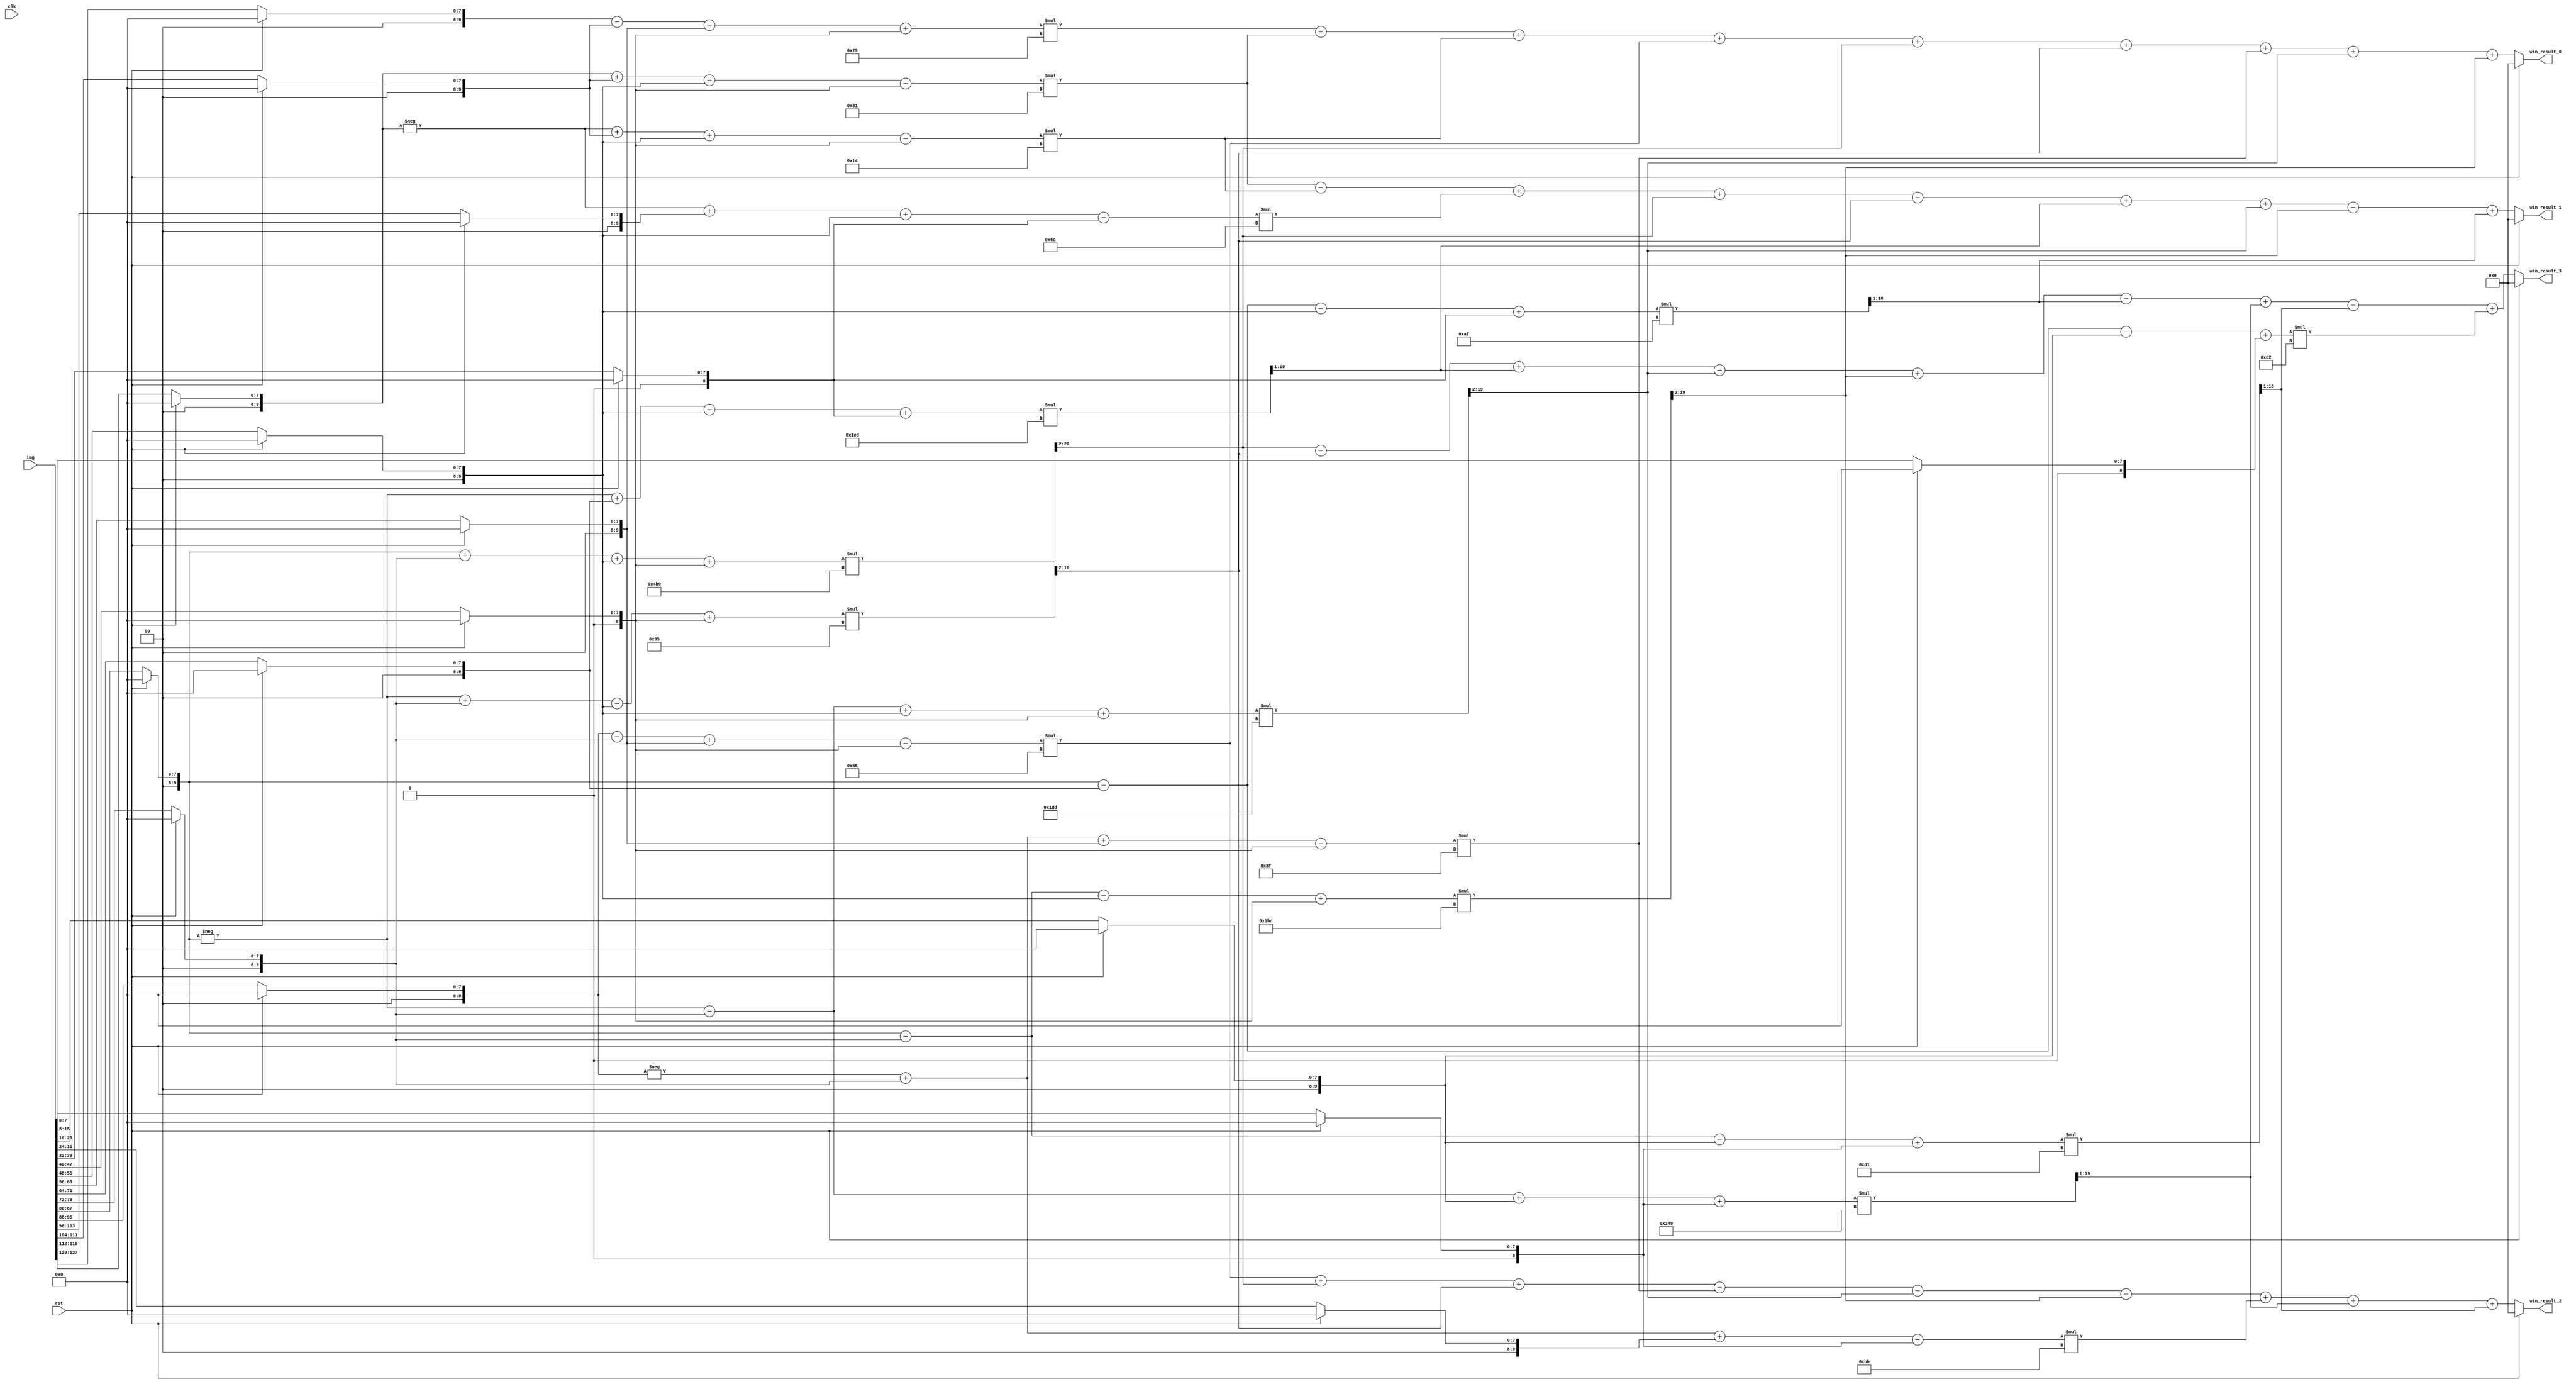
module win_top#(
    parameter   DATA_WIDTH  =   19
  )(
    input   [4*4*8-1:0] img,
    input   rst,
    input   clk,
    output  reg signed[DATA_WIDTH-1:0]      win_result_0,
    output  reg signed[DATA_WIDTH-1:0]      win_result_1,
    output  reg signed[DATA_WIDTH-1:0]      win_result_2,
    output  reg signed[DATA_WIDTH-1:0]      win_result_3
  );
  reg signed[9:0]   img_ff  [0:4*4-1];
  integer i;
  // always@(posedge clk)
  always@(*)
  begin
    if(rst)
    begin
      for(i=0;i<16;i=i+1)
      begin
        img_ff[i] =0;
      end
    end
    else
    begin
      for(i=0;i<16;i=i+1)
      begin
        img_ff[15-i] = img[i*8+:8];
      end
    end
  end //end always
  reg signed [DATA_WIDTH-1:0]   input_transform  [0:4*4-1];
  reg signed [DATA_WIDTH-1:0]   MUL  [0:4*4-1];
  reg signed [DATA_WIDTH-1:0]   output_transform  [0:3];
  always@(*)
  begin
    input_transform[0] = $signed(img_ff[0]-img_ff[2]-img_ff[8]+img_ff[10]);
    input_transform[1] = $signed(img_ff[1]+img_ff[2]-img_ff[9]-img_ff[10]);
    input_transform[2] = $signed(-img_ff[1]+img_ff[2]+img_ff[9]-img_ff[10]);
    input_transform[3] = $signed(-img_ff[1]+img_ff[3]+img_ff[9]-img_ff[11]);
    input_transform[4] = $signed(img_ff[4]-img_ff[6]+img_ff[8]-img_ff[10]);
    input_transform[5] = $signed(img_ff[5]+img_ff[6]+img_ff[9]+img_ff[10]);
    input_transform[6] = $signed(-img_ff[5]+img_ff[6]-img_ff[9]+img_ff[10]);
    input_transform[7] = $signed(-img_ff[5]+img_ff[7]-img_ff[9]+img_ff[11]);
    input_transform[8] = $signed(-img_ff[4]+img_ff[6]+img_ff[8]-img_ff[10]);
    input_transform[9] = $signed(-img_ff[5]-img_ff[6]+img_ff[9]+img_ff[10]);
    input_transform[10] = $signed(img_ff[5]-img_ff[6]-img_ff[9]+img_ff[10]);
    input_transform[11] = $signed(img_ff[5]-img_ff[7]-img_ff[9]+img_ff[11]);
    input_transform[12] = $signed(-img_ff[4]+img_ff[6]+img_ff[12]-img_ff[14]);
    input_transform[13] = $signed(-img_ff[5]-img_ff[6]+img_ff[13]+img_ff[14]);
    input_transform[14] = $signed(img_ff[5]-img_ff[6]-img_ff[13]+img_ff[14]);
    input_transform[15] = $signed(img_ff[5]-img_ff[7]-img_ff[13]+img_ff[15]);

    MUL[0]=  $signed(input_transform[0]*41);
    MUL[1]=  $signed(input_transform[1]*129);
    MUL[2]=  $signed(input_transform[2]*20);
    MUL[3]=  $signed(input_transform[3]*108);
    MUL[4]=  $signed(input_transform[4]*85);
    MUL[5]=( $signed(input_transform[5]*1209))>>>2;
    MUL[6]=( $signed(input_transform[6]*53))>>>2;
    MUL[7]=( $signed(input_transform[7]*461))>>>1;
    MUL[8]=  $signed(input_transform[8]*143);
    MUL[9]=( $signed(input_transform[9]*477))>>>2;
    MUL[10]=( $signed(input_transform[10]*445))>>>2;
    MUL[11]=( $signed(input_transform[11]*175))>>>1;
    MUL[12]=  $signed(input_transform[12]*187);
    MUL[13]=( $signed(input_transform[13]*585))>>>1;
    MUL[14]=( $signed(input_transform[14]*209))>>>1;
    MUL[15]=  $signed(input_transform[15]*210);
    output_transform[0] = $signed(MUL[0]+MUL[1]+MUL[2]+MUL[4]+MUL[5]+MUL[6]+MUL[8]+MUL[9]+MUL[10]);
    output_transform[1] = $signed(MUL[1]-MUL[2]+MUL[3]+MUL[5]-MUL[6]+MUL[7]+MUL[9]-MUL[10]+MUL[11]);
    output_transform[2] = $signed(MUL[4]+MUL[5]+MUL[6]-MUL[8]-MUL[9]-MUL[10]+MUL[12]+MUL[13]+MUL[14]);
    output_transform[3] = $signed(MUL[5]-MUL[6]+MUL[7]-MUL[9]+MUL[10]-MUL[11]+MUL[13]-MUL[14]+MUL[15]);
  end
  // always@(posedge clk)
  always@(*)
  begin
    if(rst)
    begin
      win_result_0=0;
      win_result_1=0;
      win_result_2=0;
      win_result_3=0;
    end
    else
    begin
      win_result_0=output_transform[0];
      win_result_1=output_transform[1];
      win_result_2=output_transform[2];
      win_result_3=output_transform[3];
    end
  end
endmodule